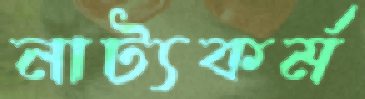
নাট্যকর্ম